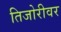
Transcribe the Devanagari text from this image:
तिजोरीवर